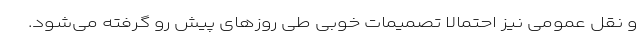
و نقل عمومی نیز احتمالا تصمیمات خوبی طی روزهای پیش رو گرفته می‌شود.